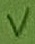
Text: V